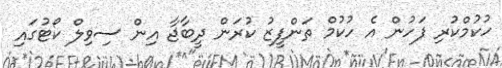
ހުކުމްކުރި ފަހުން އެ ހުކުމް ތަންފީޒު ކުރަން ދީބާޖާ އިން ސިވިލް ކޯޓުގައި